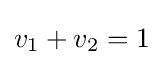
v_{1}+v_{2}=1